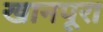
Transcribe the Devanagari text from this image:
खानपूरा